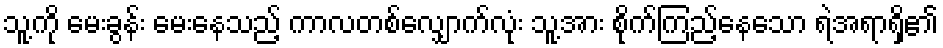
သူ့ကို မေးခွန်း မေးနေသည့် ကာလတစ်လျှောက်လုံး သူ့အား စိုက်ကြည့်နေသော ရဲအရာရှိ၏